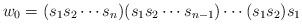
LaTeX: \begin{align*}w_0 = (s_1s_2\cdots s_n)(s_1s_2\cdots s_{n-1}) \cdots (s_1s_2)s_1\end{align*}